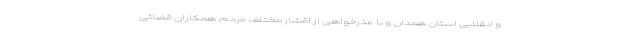
و انقلابی استان همدان و با عذرخواهی از اقشار مختلف مردم، همکاران قضائی